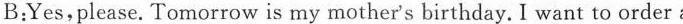
B:Yes,please.Tomorrow is my mother's birthday. I want to order a